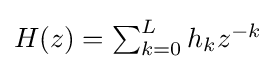
{\textstyle H(z)=\sum _{k=0}^{L}h_{k}z^{-k}}